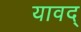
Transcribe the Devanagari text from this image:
यावद्